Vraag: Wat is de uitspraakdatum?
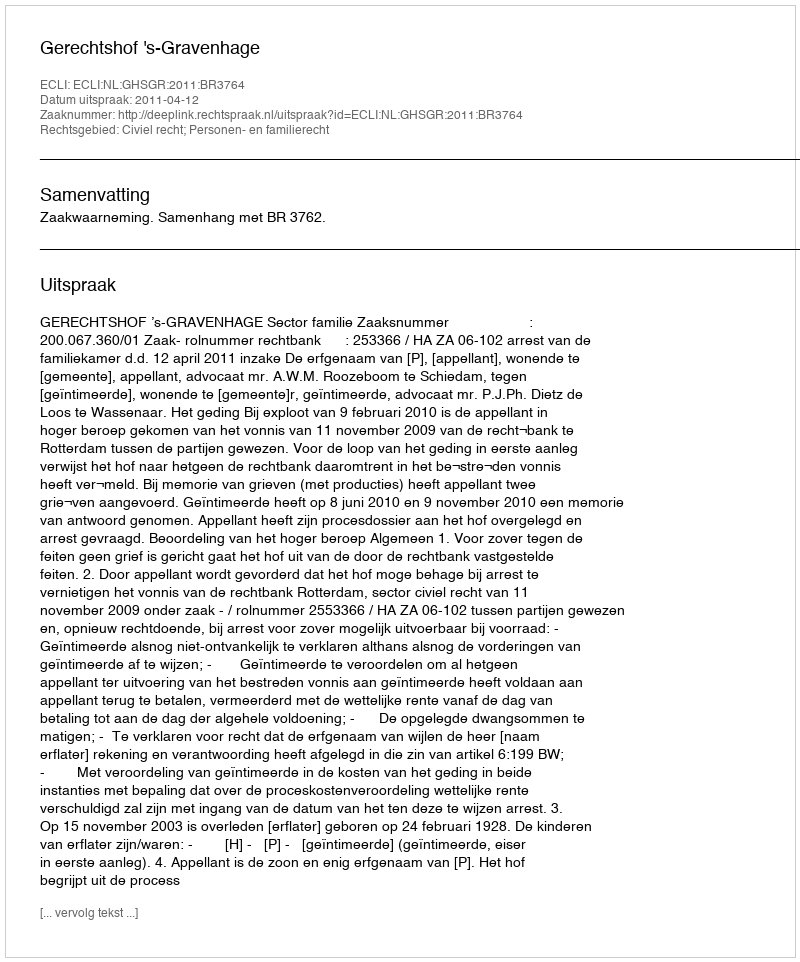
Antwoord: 2011-04-12